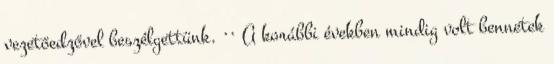
vezetőedzővel beszélgettünk. ·· A korábbi években mindig volt bennetek